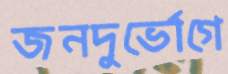
জনদুর্ভোগে